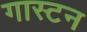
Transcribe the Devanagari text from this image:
गास्टन